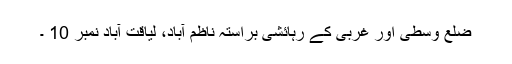
ضلع وسطی اور غربی کے رہائشی براستہ ناظم آباد، لیاقت آباد نمبر 10 ۔